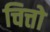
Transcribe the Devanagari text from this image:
चित्तो